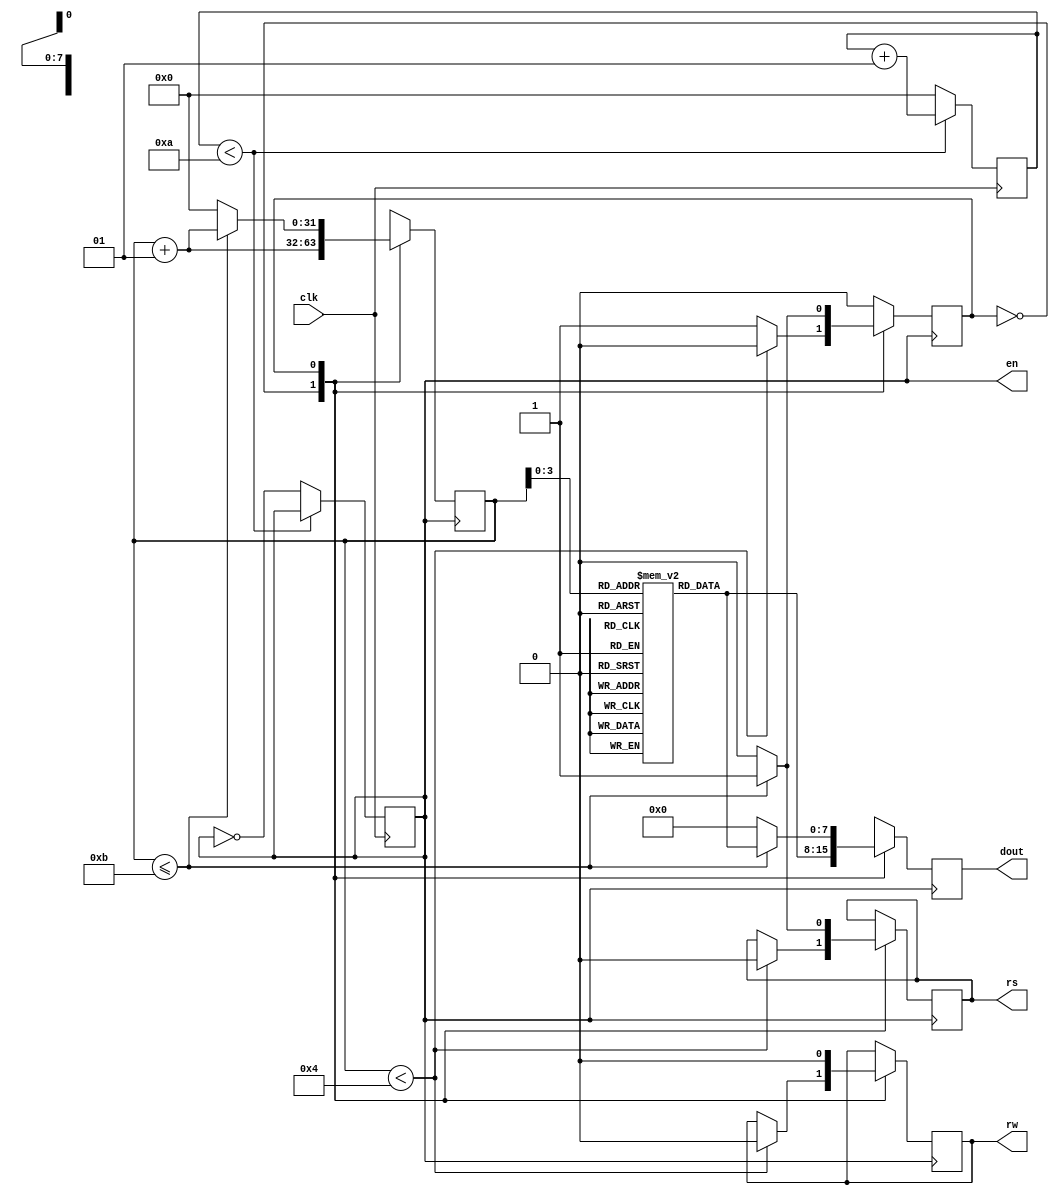
`timescale 1ns / 1ps
 
 
module lcd(input clk, output reg rs, rw, output en,output reg [7:0] dout);
 
integer count = 0;
integer  i = 0;
parameter send_cmd  = 0;
parameter send_data = 1;
reg state = send_cmd;
reg [7:0] data [11:0];
reg ent = 0;
 
initial begin
 
///////////commands for LCD , rs = 0
data[0] <= 8'h38; /////2 Lines 5 x 7 matrix
data[1] <= 8'h01; /////CLEAR DISPLAY
data[2] <= 8'h0E;// Display On Cursor Blinking
data[3] <= 8'h06; ////increment cursor from left to right
data[4] <= 8'h80;///// force cursor from beginning of first line
 
////////Data for LCD, rs = 1
data[5]  <= 8'h76; /////ascii value for v
data[6]  <= 8'h61;  ///a
data[7]  <= 8'h72;  ///r
data[8]  <= 8'h64; ///d
data[9]  <= 8'h68; ///h
data[10] <= 8'h61; /// a
data[11] <= 8'h6E; ///n
end
 
 
always@(posedge clk)
begin
if(count < 10)
   count <= count + 1;
else
   begin
   count <= 0;
   ent <= ~ent;
   end
end
 
 
always@(posedge ent)
begin
case(state)
send_cmd : 
begin
  if(i < 4) 
   begin
    rs <= 1'b0;
    rw <= 1'b0;
    dout <= data[i];
    i <= i + 1;
   end
  else
    begin
    state <= send_data;
    dout <= data[i];
    i <= i + 1;
    end
end
 
send_data : 
begin
  if(i <= 11)
   begin
    rs   <= 1'b1;
    rw   <= 1'b0; 
    dout <= data[i];
    i <= i + 1; 
   end
 else
   begin
   i <= 0;
   state <= send_cmd;
   rs    <= 1'b0;
   rw    <= 1'b0;
   dout  <= 8'h00;
   end
end
 
endcase
 
end
 
assign en = ent;
endmodule